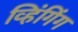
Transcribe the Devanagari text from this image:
व्हिंगिंग